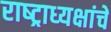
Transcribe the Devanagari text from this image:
राष्‍ट्राध्‍यक्षांचे